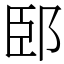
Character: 䢻